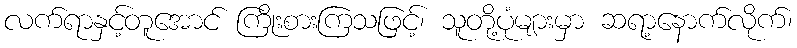
လက်ရာနှင့်တူအောင် ကြိုးစားကြသဖြင့်၊ သူတို့ပုံများမှာ ဆရာ့နောက်လိုက်၊